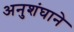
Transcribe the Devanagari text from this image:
अनुशंघाने